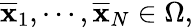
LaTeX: {\overline{{\mathbf{x}}}}_{1},\cdots,{\overline{{\mathbf{x}}}}_{N}\in\Omega,